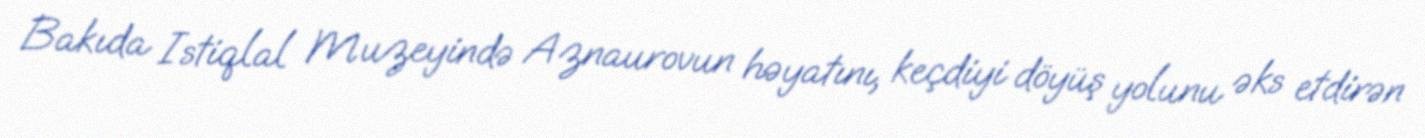
Bakıda Istiqlal Muzeyində Aznaurovun həyatını, keçdiyi döyüş yolunu əks etdirən